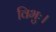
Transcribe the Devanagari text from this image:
विभुः।